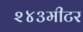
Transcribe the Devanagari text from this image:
२४३मीटर